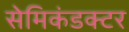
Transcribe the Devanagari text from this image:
सेमिकंडक्टर